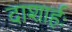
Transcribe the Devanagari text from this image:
दाशार्हः